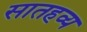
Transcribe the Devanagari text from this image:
सातहव्य